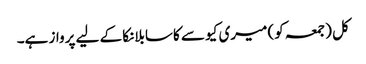
کل (جمعہ کو) میری کیو سے کاسابلانکا کے لیے پرواز ہے۔